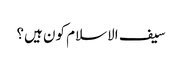
سیف الاسلام کون ہیں؟